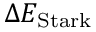
\Delta E _ { \mathrm { S t a r k } }